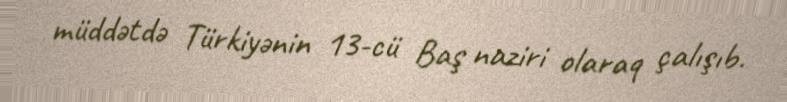
müddətdə Türkiyənin 13-cü Baş naziri olaraq çalışıb.